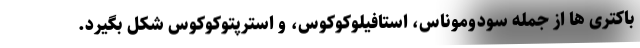
باکتری ها از جمله سودوموناس، استافیلوکوکوس، و استرپتوکوکوس شکل بگیرد.